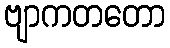
ဗျာကတတော